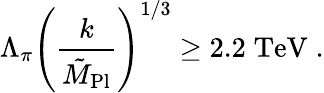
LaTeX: \Lambda_{\pi}\left({\frac{k}{\tilde{M}_{\mathrm{Pl}}}}\right)^{1/3}\geq 2.2\; \mathrm{TeV}\; .